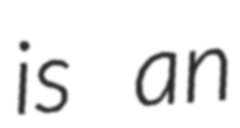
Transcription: is an